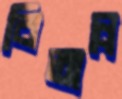
বিঅন্ন